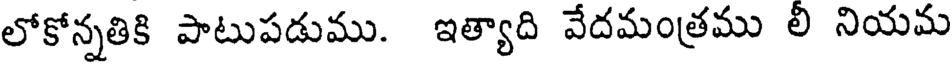
లోకోన్నతికి పాటుపడుము. ఇత్యాది వేదమంత్రము లి నియమ